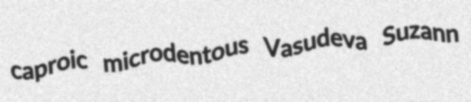
caproic microdentous Vasudeva Suzann